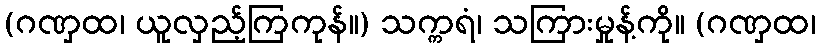
(ဂဏှထ၊ ယူလှည့်ကြကုန်။) သက္ကရံ၊ သကြားမှုန့်ကို။ (ဂဏှထ၊